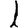
Digit: 1